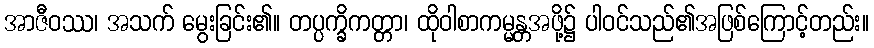
အာဇီဝဿ၊ အသက် မွေးခြင်း၏။ တပ္ပက္ခိကတ္တာ၊ ထိုဝါစာကမ္မန္တအဖို့၌ ပါဝင်သည်၏အဖြစ်ကြောင့်တည်း။